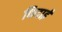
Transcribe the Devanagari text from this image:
फिदाई